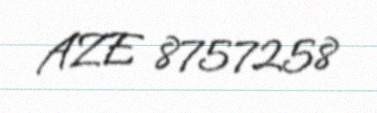
AZE 8757258